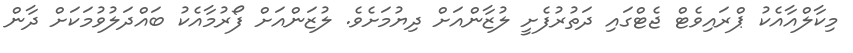
މިކާލްއާއެކު ޕްރައިވެޓް ޖެޓްގައި ދަތުރުފެށީ ލުޒާންއަށް ދިޔުމަށެވެ. ލުޒަންއަށް ފޯރުމާއެކު ބައްދަލުވުމަކަށް ދާން